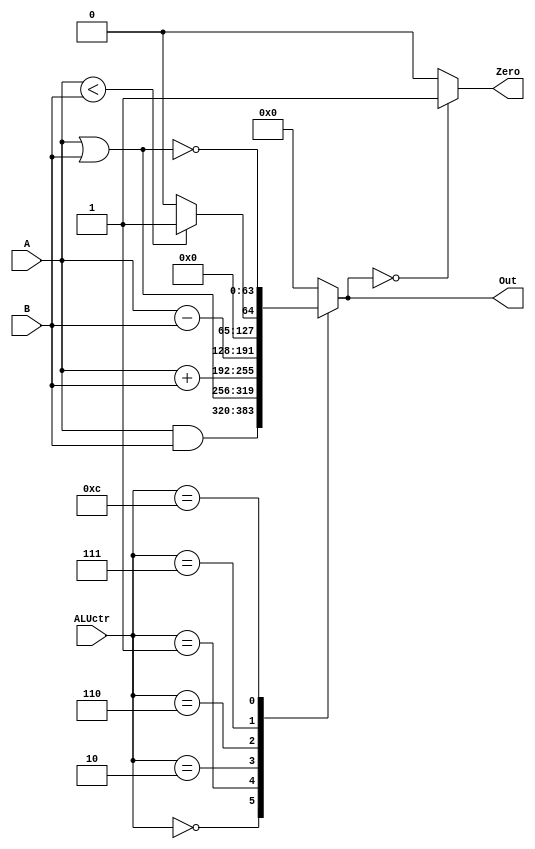
//64 bit Alu
module alu (ALUctr, A, B, Out, Zero);

input [63:0] A, B;
input [3:0] ALUctr; //Instruction set with 4 bits
output reg Zero;
output reg [63:0] Out; //Result is 64 bit 

always @* begin 

	case (ALUctr)
		
		0: Out <= A & B;
		1: Out <= A | B;
		2: Out <= A + B;
		6: Out <= A - B;
		7: Out <= A < B ? 1 : 0;
		12: Out <= ~(A | B); //NOR
		default: Out <= 0;
	
	endcase
	
	//Computing 0
	if (Out == 0) Zero <= 1;
	else Zero <= 0;
end

endmodule